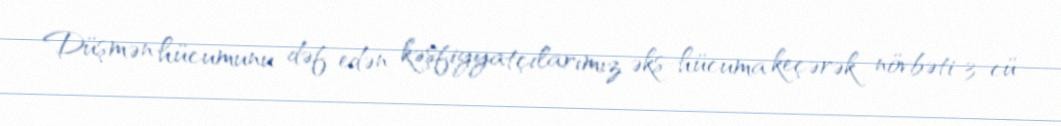
Düşmən hücumunu dəf edən kəşfiyyatçılarımız əks-hücuma keçərək növbəti 3-cü